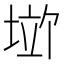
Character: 𪣱